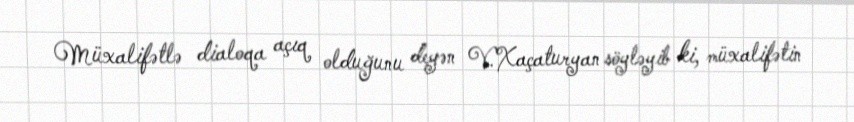
Müxalifətlə dialoqa açıq olduğunu deyən V.Xaçaturyan söyləyib ki, müxalifətin